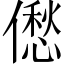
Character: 僽